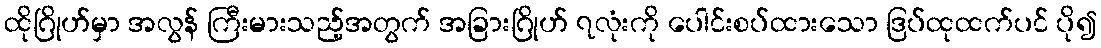
ထိုဂြိုဟ်မှာ အလွန် ကြီးမားသည့်အတွက် အခြားဂြိုဟ် ၇လုံးကို ပေါင်းစပ်ထားသော ဒြပ်ထုထက်ပင် ပို၍